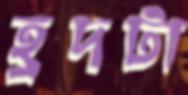
হ্রদটা